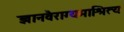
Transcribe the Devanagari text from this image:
ज्ञानवैराग्यमाश्रित्य